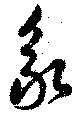
永